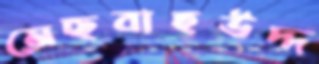
মেছবাহউদ্দ